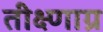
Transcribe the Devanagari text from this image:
तीक्ष्णाग्र